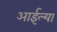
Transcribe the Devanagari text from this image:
आईल्या